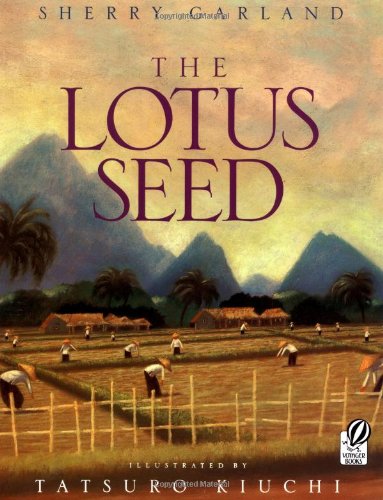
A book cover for The Lotus Seed; Sherry Garland; Children's Books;